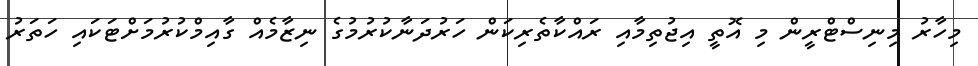
މިހާރު މިނިސްޓްރީން މި އޮތީ އިޖުތިމާއި ރައްކާތެރިކަން ހަރުދަނާކުރުމުގެ ނިޒާމެއް ގާއިމްކުރުމަށްޓަކައި ހަތަރު